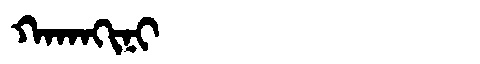
Manchu: ᡴᠠᡴᠠᡴᡳᠨᡳ
Romanization: KAKAKINI